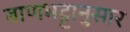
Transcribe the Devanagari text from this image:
बाणभट्टानुसार